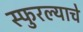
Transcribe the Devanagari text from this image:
स्फुरल्याचे